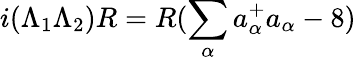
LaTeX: i(\Lambda_{1}\Lambda_{2})R=R(\sum_{\alpha}a_{\alpha}^{+}a_{\alpha}-8)